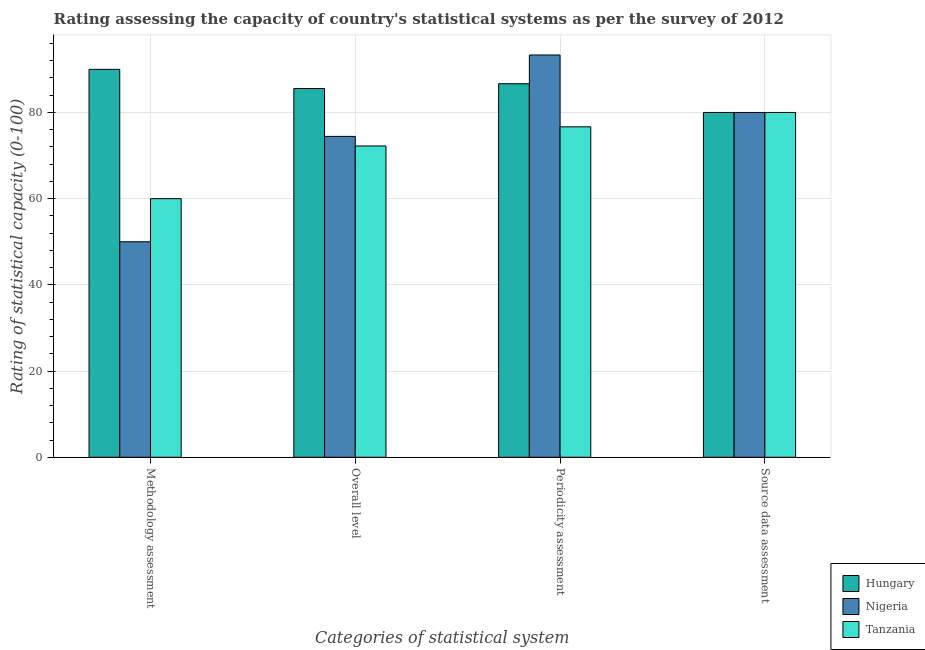
| Categories of statistical system | Hungary | Nigeria | Tanzania |
 | --- | --- | --- | --- |
 | Methodology assessment | 90 | 50 | 60 |
 | Overall level | 85.6 | 74.4 | 72.2 |
 | Periodicity assessment | 86.7 | 93.3 | 76.7 |
 | Source data assessment | 80 | 80 | 80 |